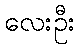
လေးဦး